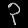
Digit: ၃